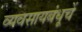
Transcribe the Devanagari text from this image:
व्यवसायबंधूचें